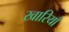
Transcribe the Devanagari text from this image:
खारियाँ